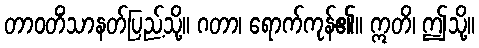
တာဝတိံသာနတ်ပြည့်သို့။ ဂတာ၊ ရောက်ကုန်၏။ ဣတိ၊ ဤသို့။